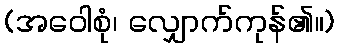
(အဝေါစုံ၊ လျှောက်ကုန်၏။)